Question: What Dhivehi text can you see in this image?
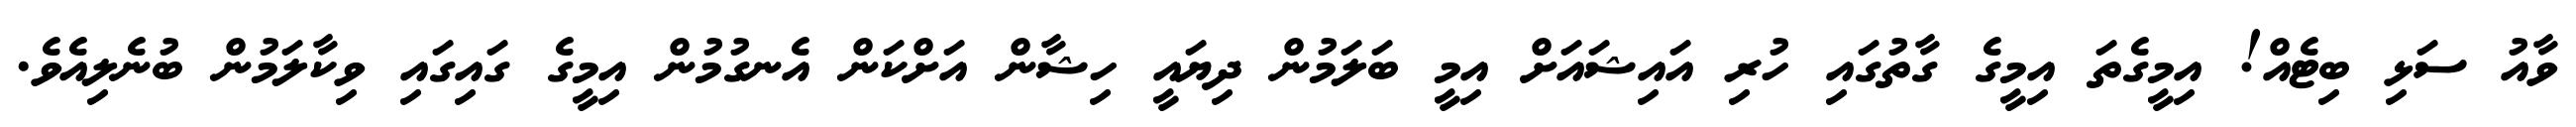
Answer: ވާއު ސަޅި ބިޓެއް! އިމީގެތަ އިމީގެ ގާތުގައި ހުރި އައިޝައަށް އިމީ ބަލަމުން ދިޔައީ ހިޝާން އަށްކަން އެނގުމުން އިމީގެ ގައިގައި ވިކާލަމުން ބުނެލިއެވެ.